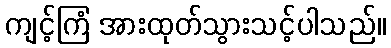
ကျင့်ကြံ အားထုတ်သွားသင့်ပါသည်။